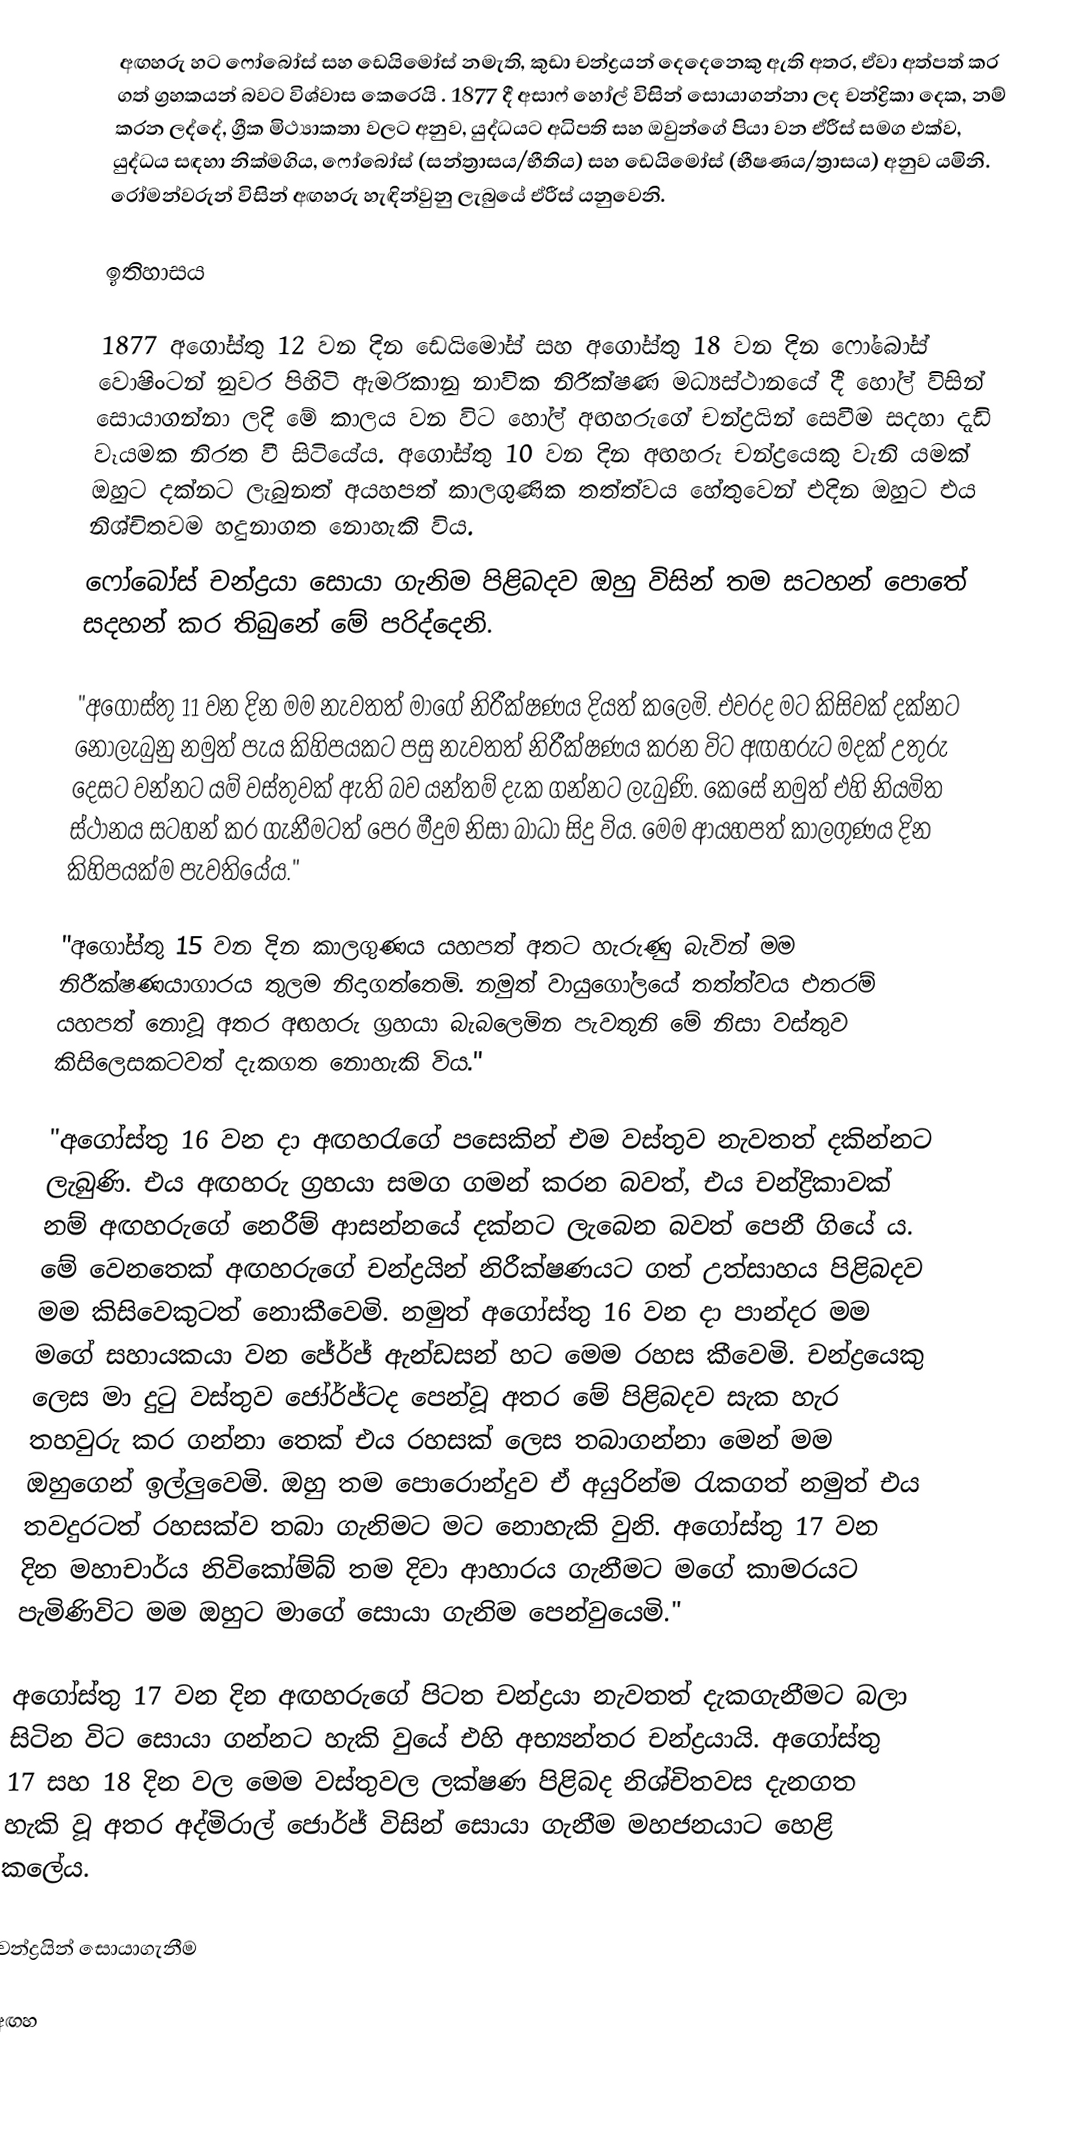
අඟහරු හට ෆෝබෝස් සහ ඩෙයිමෝස් නමැති, කුඩා චන්ද්‍රයන් දෙදෙනෙකු ඇති අතර, ඒවා අත්පත් කර ගත් ග්‍රහකයන් බවට විශ්වාස කෙරෙයි . 1877 දී අසාෆ් හෝල් විසින් සොයාගන්නා ලද චන්ද්‍රිකා දෙක, නම් කරන ලද්දේ, ග්‍රීක මිථ්‍යාකතා වලට අනුව, යුද්ධයට අධිපති සහ ඔවුන්ගේ පියා වන ඒරීස් සමග එක්ව, යුද්ධය සඳහා නික්මගිය, ෆෝබෝස් (සන්ත්‍රාසය/භීතිය) සහ ඩෙයිමෝස් (භීෂණය/ත්‍රාසය) අනුව යමිනි. රෝමන්වරුන් විසින් අඟහරු හැඳින්වුනු ලැබුයේ ඒරීස් යනුවෙනි.

ඉතිහාසය

1877 අගෝස්තු 12 වන දින ‍ඩෙයි‍මෝස් සහ අගෝස්තු 18 වන දින ෆෝබෝස් වොෂිංටන් නුවර පිහිටි ඇමරිකානු නාවික නිරීක්ෂණ මධ්‍යස්ථානයේ දී හෝල් විසින් සොයාගන්නා ලදි මේ කාලය වන විට ‍හෝල් අඟහරුගේ චන්ද්‍රයින් සෙවීම සදහා දැඩි වෑයමක නිරත වී සිටියේය. අගෝස්තු 10 වන දින අඟහරු චන්ද්‍රයෙකු වැනි යමක් ඔහුට දක්නට ලැබුනත් අයහපත් කාලගුණික තත්ත්වය හේතුවෙන් එදින ඔහුට එය නිශ්චිතවම හදුනාගත නොහැකි විය.
ෆෝබෝස් චන්ද්‍රයා සොයා ගැනිම පිළිබදව ඔහු විසින් තම සටහන් පොතේ සදහන් කර තිබුනේ මේ පරිද්දෙනි.

"අ‍ගෝස්තු 11 වන දින මම නැවතත් මාගේ නිරීක්ෂණය දියත් කලෙමි. එවරද මට කිසිවක් දක්නට නොලැබුනු නමුත් පැය කිහිපයකට පසු නැවතත් නිරීක්ෂණය කරන විට අඟහරුට මදක් උතුරු දෙසට වන්නට යම් වස්තුවක් ඇති බව යන්තම් දැක ගන්නට ලැබුණි. කෙසේ නමුත් එහි නියමිත ස්ථානය සටහන් කර ගැනීමටත් පෙර මීදුම නිසා බාධා සිදු විය. මෙම ආයහපත් කාලගුණය දින කිහිපයක්ම පැවතියේය."

"අගෝස්තු 15 වන දින කාලගුණය යහපත් අතට හැරුණු බැවින් මම නිරීක්ෂණයාගාරය තුලම නිදාගත්තෙමි. නමුත් වායුගෝලයේ තත්ත්වය එතරම් යහපත් නොවූ අතර අඟහරු ග්‍රහයා බැබලෙමින පැවතුනි මේ නිසා වස්තුව කිසිලෙසකටවත් දැකගත නොහැකි විය."

"අගෝස්තු 16 වන දා අඟහරැගේ පසෙකින් එම වස්තුව නැවතත් දකින්නට ලැබුණි. එය අඟහරු ග්‍රහයා සමග ගමන් කරන බවත්, එය චන්ද්‍රිකාවක් නම් අඟහරුගේ නෙරීම් ආසන්නයේ දක්නට ලැබෙන බවත් පෙනී ගියේ ය. මේ වෙනතෙක් අඟහරුගේ චන්ද්‍රයින් නිරීක්ෂණයට ගත් උත්සාහය පිළිබදව මම කිසිවෙකුටත් නොකීවෙමි. නමුත් අගෝස්තු 16 වන දා පාන්දර මම මගේ සහායකයා වන ජේර්ජ් ඇන්ඩසන් හට මෙම රහස කීවෙමි. චන්ද්‍රයෙකු ලෙස මා දුටු වස්තුව ජෝර්ජ්ටද පෙන්වූ අතර මේ පිළිබදව සැක හැර තහවුරු කර ගන්නා තෙක් එය රහසක් ලෙස තබාගන්නා මෙන් මම ඔහුගෙන් ඉල්ලුවෙමි. ඔහු තම පොරොන්දුව ඒ අයුරින්ම රැකගත් නමුත් එය තවදුරටත් රහසක්ව තබා ගැනිමට මට නොහැකි වුනි. අගෝස්තු 17 වන දින මහාචාර්ය නිවිකෝම්බ් ‍තම දිවා ආහාරය ගැනීමට මගේ කාමරයට පැමිණිවිට මම ඔහු‍ට මාගේ සොයා ගැනිම පෙන්වුයෙමි."

අගෝස්තු 17 වන දින අඟහරුගේ පිටත චන්ද්‍රයා නැවතත් දැකගැනීමට බලා සිටින විට සොයා ගන්නට හැකි වුයේ එහි අභ්‍යන්තර චන්ද්‍රයායි. අගෝස්තු 17 සහ 18 දින වල මෙම වස්තුවල ලක්ෂණ පිළිබද නිශ්චිතවස දැනගත හැකි වූ අතර අද්මිරාල් ජොර්ජ් විසින් සොයා ගැනීම මහජනයාට හෙළි කලේය.

චන්ද්‍රයින් සොයාගැනීම

අඟහ